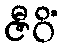
ဇီဝိံ